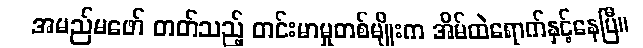
အမည်မဖော် တတ်သည့် တင်းမာမှုတစ်မျိုးက အိမ်ထဲရောက်နှင့်နေပြီ။